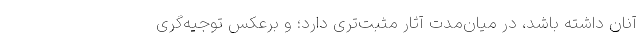
آنان داشته باشد، در میان‌مدت آثار مثبت‌تری دارد؛ و برعکس توجیه‌گری